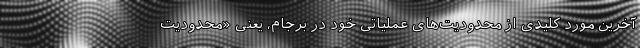
آخرین مورد کلیدی از محدودیت‌های عملیاتی خود در برجام، یعنی «محدودیت